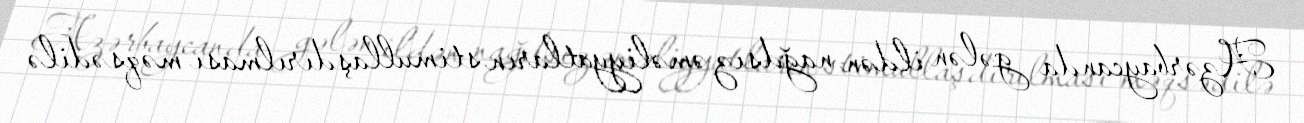
Azərbaycanda gələn ildən nağdsız əməliyyatların stimullaşdırılması məqsədilə